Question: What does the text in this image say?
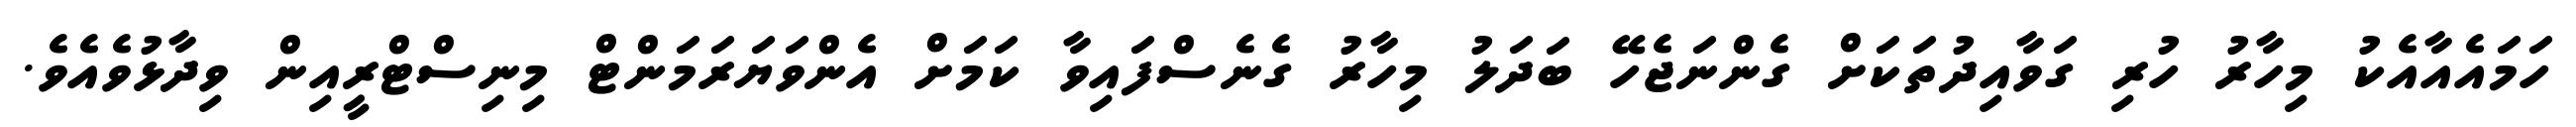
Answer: ހަމައެއާއެކު މިހާރު ހުރި ގަވާއިދުތަކަށް ގެންނަޖެހޭ ބަދަލު މިހާރު ގެނެސްފައިވާ ކަމަށް އެންވަޔަރަމަންޓް މިނިސްޓްރީއިން ވިދާޅުވެއެވެ.